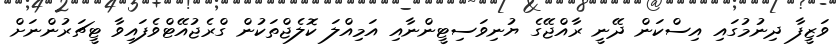
ވަޒީފާ ދިނުމުގައި އިސްކަން ދޭނީ ރާއްޖޭގެ ޔުނިވަސިޓީންނާއި އަމިއްލަ ކޮލެޖްތަކުން ގްރެޖުއޭޓްވެފައިވާ ޓީޗަރުންނަށް